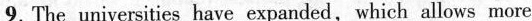
9. The universities have expanded,which allows more